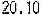
20.10